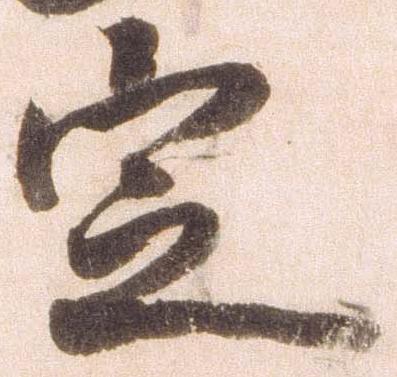
定